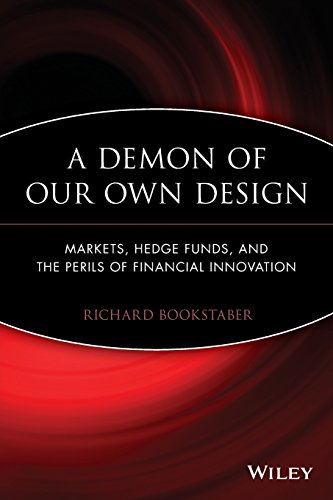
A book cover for A Demon of Our Own Design: Markets, Hedge Funds, and the Perils of Financial Innovation; Richard Bookstaber; Business & Money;